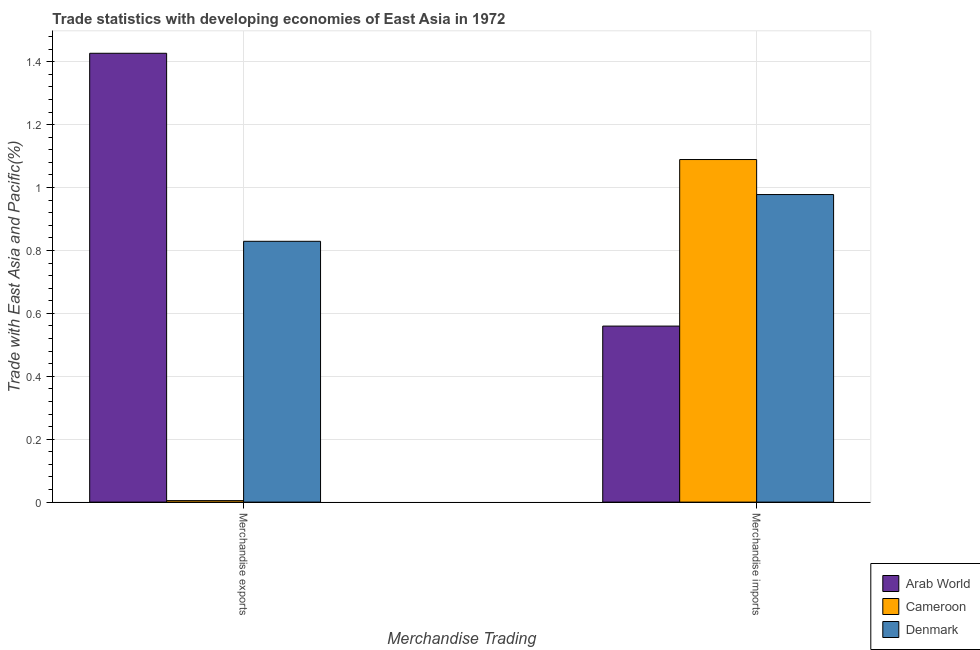
| Merchandise Trading | Arab World | Cameroon | Denmark |
 | --- | --- | --- | --- |
 | Merchandise exports | 1.43 | 0.00479 | 0.829 |
 | Merchandise imports | 0.56 | 1.09 | 0.978 |